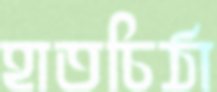
হাতচিঠা